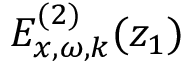
E _ { x , \omega , k } ^ { ( 2 ) } ( z _ { 1 } )